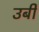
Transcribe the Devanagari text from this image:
उबी